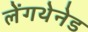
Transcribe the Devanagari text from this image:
लेंगथेनेड